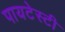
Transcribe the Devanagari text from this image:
पायटेस्टी